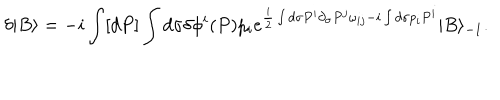
\delta | B \rangle = - i \int [ d P ] \int d \sigma \delta \phi ^ { i } ( P ) p _ { i } e ^ { \frac { i } { 2 } \int d \sigma P ^ { i } \partial _ { \sigma } P ^ { j } \omega _ { i j } - i \int d \sigma p _ { i } P ^ { i } } | B \rangle _ { - 1 } .